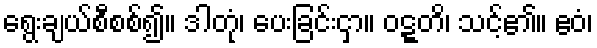
ရွေးချယ်စီစစ်၍။ ဒါတုံ၊ ပေးခြင်းငှာ။ ဝဋ္ဋတိ၊ သင့်၏။ ဧဝံ၊